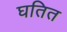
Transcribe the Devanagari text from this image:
घतित